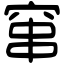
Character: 窜